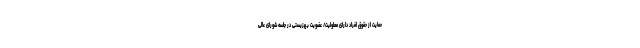
حمایت از حقوق افراد دارای معلولیت/ عضویت بهزیستی در جلسه شورای عالی